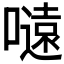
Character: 𭋜